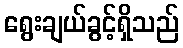
ရွေးချယ်ခွင့်ရှိသည်